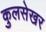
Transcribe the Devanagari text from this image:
कुलसेखर